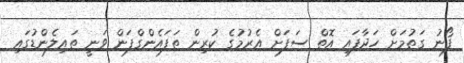
ފޯނު ގަތުމަށް ހަދާފައި އޮތް ސަފަށް އެރުމުގެ ކުރިން ތަފައެންގްފަން ވަނީ ތައިލެންޑުގައި